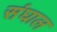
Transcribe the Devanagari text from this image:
संघाल